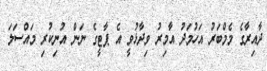
ދާއިރާގެ މެމްބަރު އަހުމަދު އާމިރު ވިދާޅުވީ އެ ޕާޓީގެ ނަން އުނިކުރި މައްސަލަ